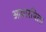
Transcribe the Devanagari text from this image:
आधारषिला